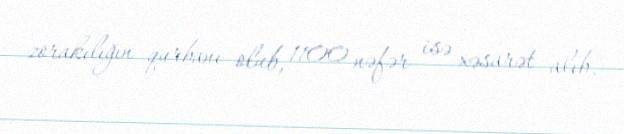
zorakılığın qurbanı olub, 1100 nəfər isə xəsarət alıb.